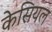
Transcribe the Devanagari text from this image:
केसियल